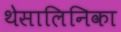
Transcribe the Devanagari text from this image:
थेसालिनिका